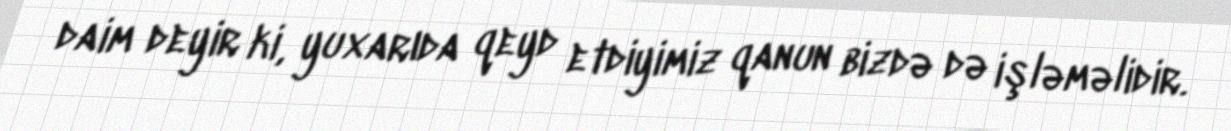
daim deyir ki, yuxarıda qeyd etdiyimiz qanun bizdə də işləməlidir.